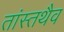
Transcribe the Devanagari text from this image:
तांस्तथैव